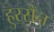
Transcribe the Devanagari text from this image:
हुस्सैन